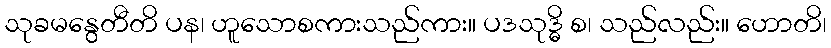
သုခမနွေတီတိ ပန၊ ဟူသောစကားသည်ကား။ ပဒသုဒ္ဓိ စ၊ သည်လည်း။ ဟောတိ၊